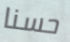
حسنا